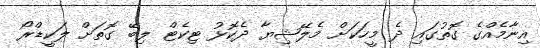
އިނާމެއްގެ ގޮތުގައި ދެ މީހަކަށް މެލޭޝިޔާ ދެކޮޅު ޓިކެޓް ލިބޭ ގޮތަށް ލަކީޑްރޯ